Lunatic asylums Bombay report 1878-1890 - 1878-1890
Year: 1878
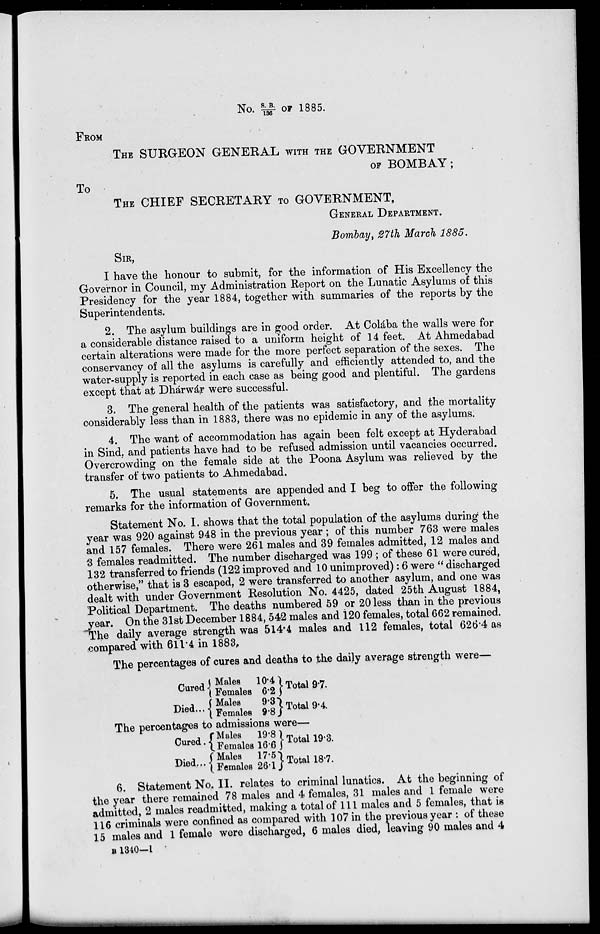
No. S.B./136 OF 1885.
FROM
THE SURGEON GENERAL WITH THE GOVERNMENT
OF BOMBAY;
To
THE CHIEF SECRETARY TO GOVERNMENT,
GENERAL DEPARTMENT.
Bombay, 27th March 1885.
SIR,
I have the honour to submit, for the information of His Excellency the
Governor in Council, my Administration Report on the Lunatic Asylums of this
Presidency for the year 1884, together with summaries of the reports by the
Superintendents.
2. The asylum buildings are in good order. At Colába the walls were for
a considerable distance raised to a uniform height of 14 feet. At Ahmedabad
certain alterations were made for the more perfect separation of the sexes. The
conservancy of all the asylums is carefully and efficiently attended to, and the
water-supply is reported in each case as being good and plentiful. The gardens
except that at Dhárwár were successful.
3. The general health of the patients was satisfactory, and the mortality
considerably less than in 1883, there was no epidemic in any of the asylums.
4. The want of accommodation has again been felt except at Hyderabad
in Sind. and patients have had to be refused admission until vacancies occurred.
Overcrowding on the female side at the Poona Asylum was relieved by the
transfer of two patients to Ahmedabad.
5. The usual statements are appended and I beg to offer the following
remarks for the information of Government.
Statement No. I. shows that the total population of the asylums during the
year was 920 against 948 in the previous year ; of this number 763 were males
and 157 females. There were 261 males and 39 females admitted, 12 males and
3 females readmitted. The number discharged was 199 ; of these 61 were cured,
132 transferred to friends (122 improved and 10 unimproved): 6 were "discharged
otherwise," that is 3 escaped, 2 were transferred to another asylum, and one was
dealt with under Government Resolution No. 4425, dated 25th August 1884,
Political Department. The deaths numbered 59 or 20 less than in the previous
year. On the 31st December 1884,542 males and 120 females, total 662 remained.
The daily average strength was 514.4 males and 112 females, total 626.4 as
compared with 611.4 in 1883.
The percentages of cures and deaths to the daily average strength were—
Cured .
Died...
Males
Females
Males
Females
10.4
6.2
9.3
9.8
Total 9.7.
Total 9.4.
The percentages to admissions were—
Cured.
Died...
Males
Females
Males
Females
19.8
16.6
17.51
26.1
Total 19.3.
Total 187.
6. Statement No. II. relates to criminal lunatics. At the beginning of
the year there remained 78 males and 4 females, 31 males and 1 female were
admitted, 2 males readmitted, making a total of 111 males and 5 females, that is
116 criminals were confined as compared with 107 in the previous year : of these
15 males and 1 female were discharged, 6 males died, leaving 90 males and 4
B 1340-1